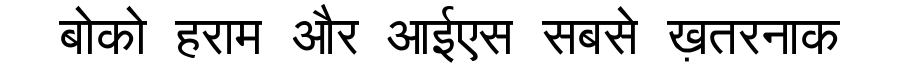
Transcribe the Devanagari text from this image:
बोको हराम और आईएस सबसे ख़तरनाक